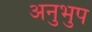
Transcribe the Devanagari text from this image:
अनुभुप